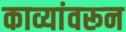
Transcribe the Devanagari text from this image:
काव्यांवरून